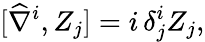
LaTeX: [\widehat{\nabla}^{i},Z_{j}]=i\, \delta_{j}^{i}Z_{j},